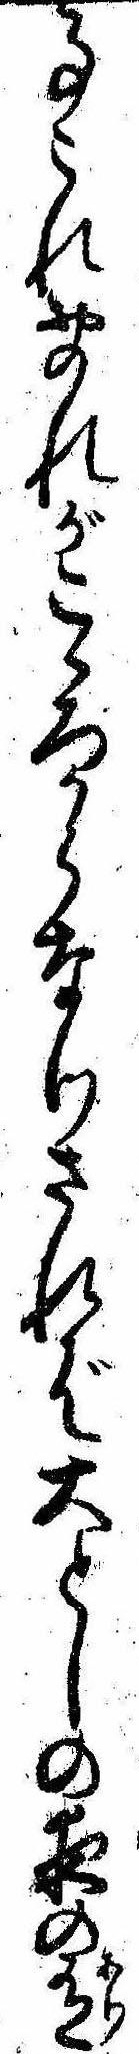
事これおのれがこゝろからなりされば大としの夜の有